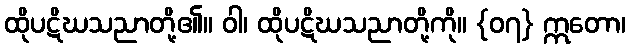
ထိုပဋိဃသညာတို့၏။ ဝါ၊ ထိုပဋိဃသညာတို့ကို။ {၀၇} ဣတော၊